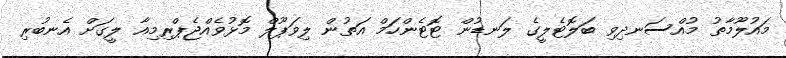
މައުލޫމާތު މުއްސަނދިވި ބަލޮޓެލީގެ ލަނޑުން ޓޮޓެންހަމް އަތުން ލިވަޕޫލް މޮޅުވެއްޖެޕްރިމިއާ ލީގަށް އެނބުރި